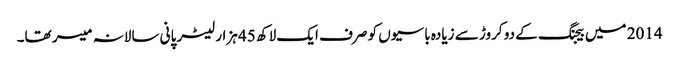
2014 میں بیجنگ کے دو کروڑ سے زیادہ باسیوں کو صرف ایک لاکھ 45 ہزار لیٹر پانی سالانہ میسر تھا۔